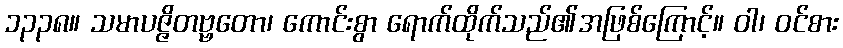
၁၃၃၈။ သမာပဇ္ဇိတဗ္ဗတော၊ ကောင်းစွာ ရောက်ထိုက်သည်၏အဖြစ်ကြောင့်။ ဝါ၊ ဝင်စား